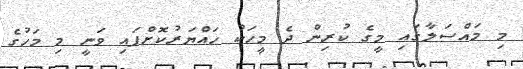
މި މައްސަލާގައި މީގެ ކުރިން ދެ މީހަކު ހައްޔަރުކޮށްފައި ވަނީ މި މަހުގެ